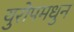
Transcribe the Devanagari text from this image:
युरोपमधुन